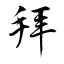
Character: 拜